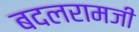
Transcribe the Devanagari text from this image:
बदलरामजी